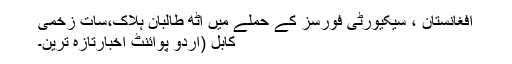
افغانستان ، سیکیورٹی فورسز کے حملے میں آٹھ طالبان ہلاک،سات زخمی
کابل (اُردو پوائنٹ اخبارتازہ ترین۔